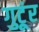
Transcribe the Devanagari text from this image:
गुटूंर